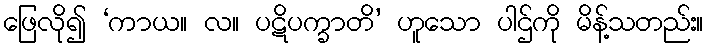
ဖြေလို၍ ‘ကာယ။ လ။ ပဋိပက္ခာတိ’ ဟူသော ပါဌ်ကို မိန့်သတည်း။